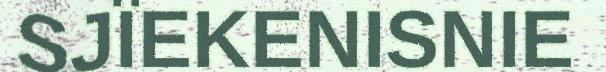
SJÏEKENISNIE